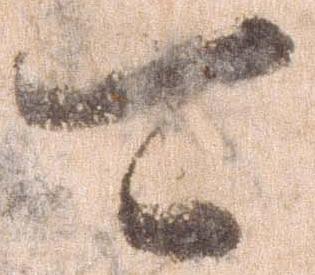
可